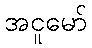
အငူမော်